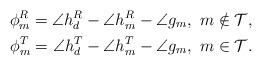
LaTeX: \begin{align*} \phi^R_m = \angle{h^R_d}-\angle{h^R_m}-\angle{g_m}, \ m \notin \mathcal{T}, \\ \phi^T_m = \angle{h^T_d}-\angle{h^T_m}-\angle{g_m}, \ m \in \mathcal{T}.\end{align*}